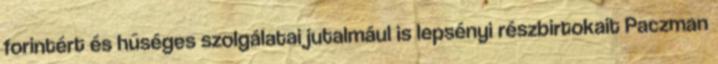
forintért és hűséges szolgálatai jutalmául is lepsényi részbirtokait Paczman